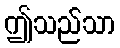
ဤသည်သာ